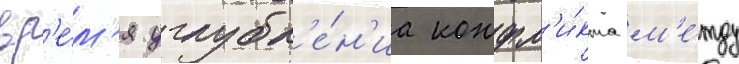
вр'е́м'я углубл'е́н'иа конфл'и́кта м'е́жду